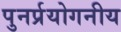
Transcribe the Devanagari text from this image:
पुनर्प्रयोगनीय